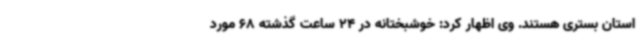
استان بستری هستند. وی اظهار کرد: خوشبختانه در 24 ساعت گذشته 68 مورد